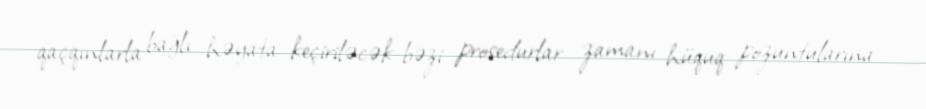
qaçqınlarla bağlı həyata keçiriləcək bəzi prosedurlar zamanı hüquq pozuntularına